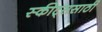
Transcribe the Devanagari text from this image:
स्कीट्ससाठी